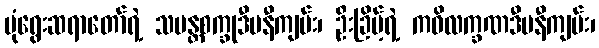
မုံရွေးဆရာတော်ရဲ့ သမန္တစက္ခုဒီပနီကျမ်း၊ ဦးခြိမ့်ရဲ့ ကဝိလက္ခဏဒီပနီကျမ်း၊